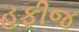
હફીજ